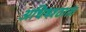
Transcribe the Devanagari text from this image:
अधिषश्ठाता